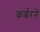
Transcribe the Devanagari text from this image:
कर्बरने